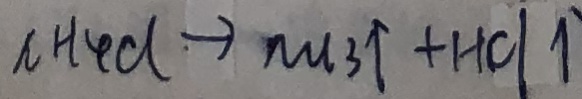
n H _ { 4 } d \rightarrow m _ { 3 } \uparrow + H C l \uparrow